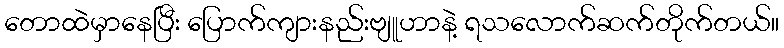
တောထဲမှာနေပြီး ပြောက်ကျားနည်းဗျူဟာနဲ့ ရသလောက်ဆက်တိုက်တယ်။